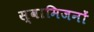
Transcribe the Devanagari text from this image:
स्वामिजनों